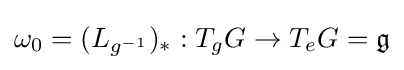
\omega _{0}=(L_{g^{-1}})_{*}:T_{g}G\to T_{e}G={\mathfrak {g}}